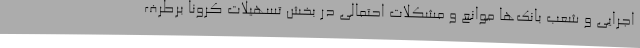
اجرایی و شعب بانک‌ها موانع و مشکلات احتمالی در بخش تسهیلات کرونا برطرف